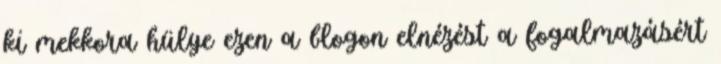
ki mekkora hülye ezen a blogon elnézést a fogalmazásért